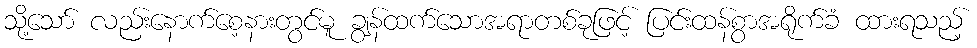
သို့သော် လည်းနောက်စေ့နားတွင်မူ ချွန်ထက်သောအရာတစ်ခုဖြင့် ပြင်းထန်စွာအရိုက်ခံ ထားရသည့်